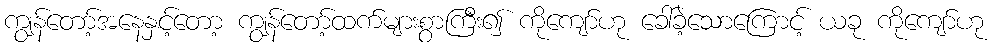
ကျွန်တော့်အနေနှင့်တော့ ကျွန်တော့်ထက်များစွာကြီး၍ ကိုကျော်ဟု ခေါ်ခဲ့သောကြောင့် ယခု ကိုကျော်ဟု